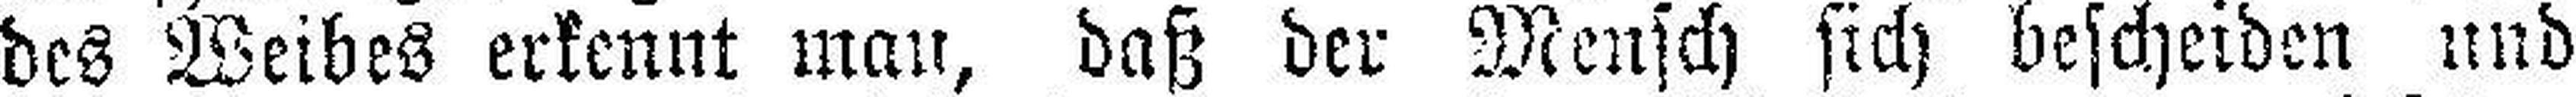
des Weibes erkennt man, daß der Mensch sich bescheiden und